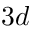
3 d